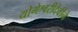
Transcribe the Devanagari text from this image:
योगेश्वरीदेवीने